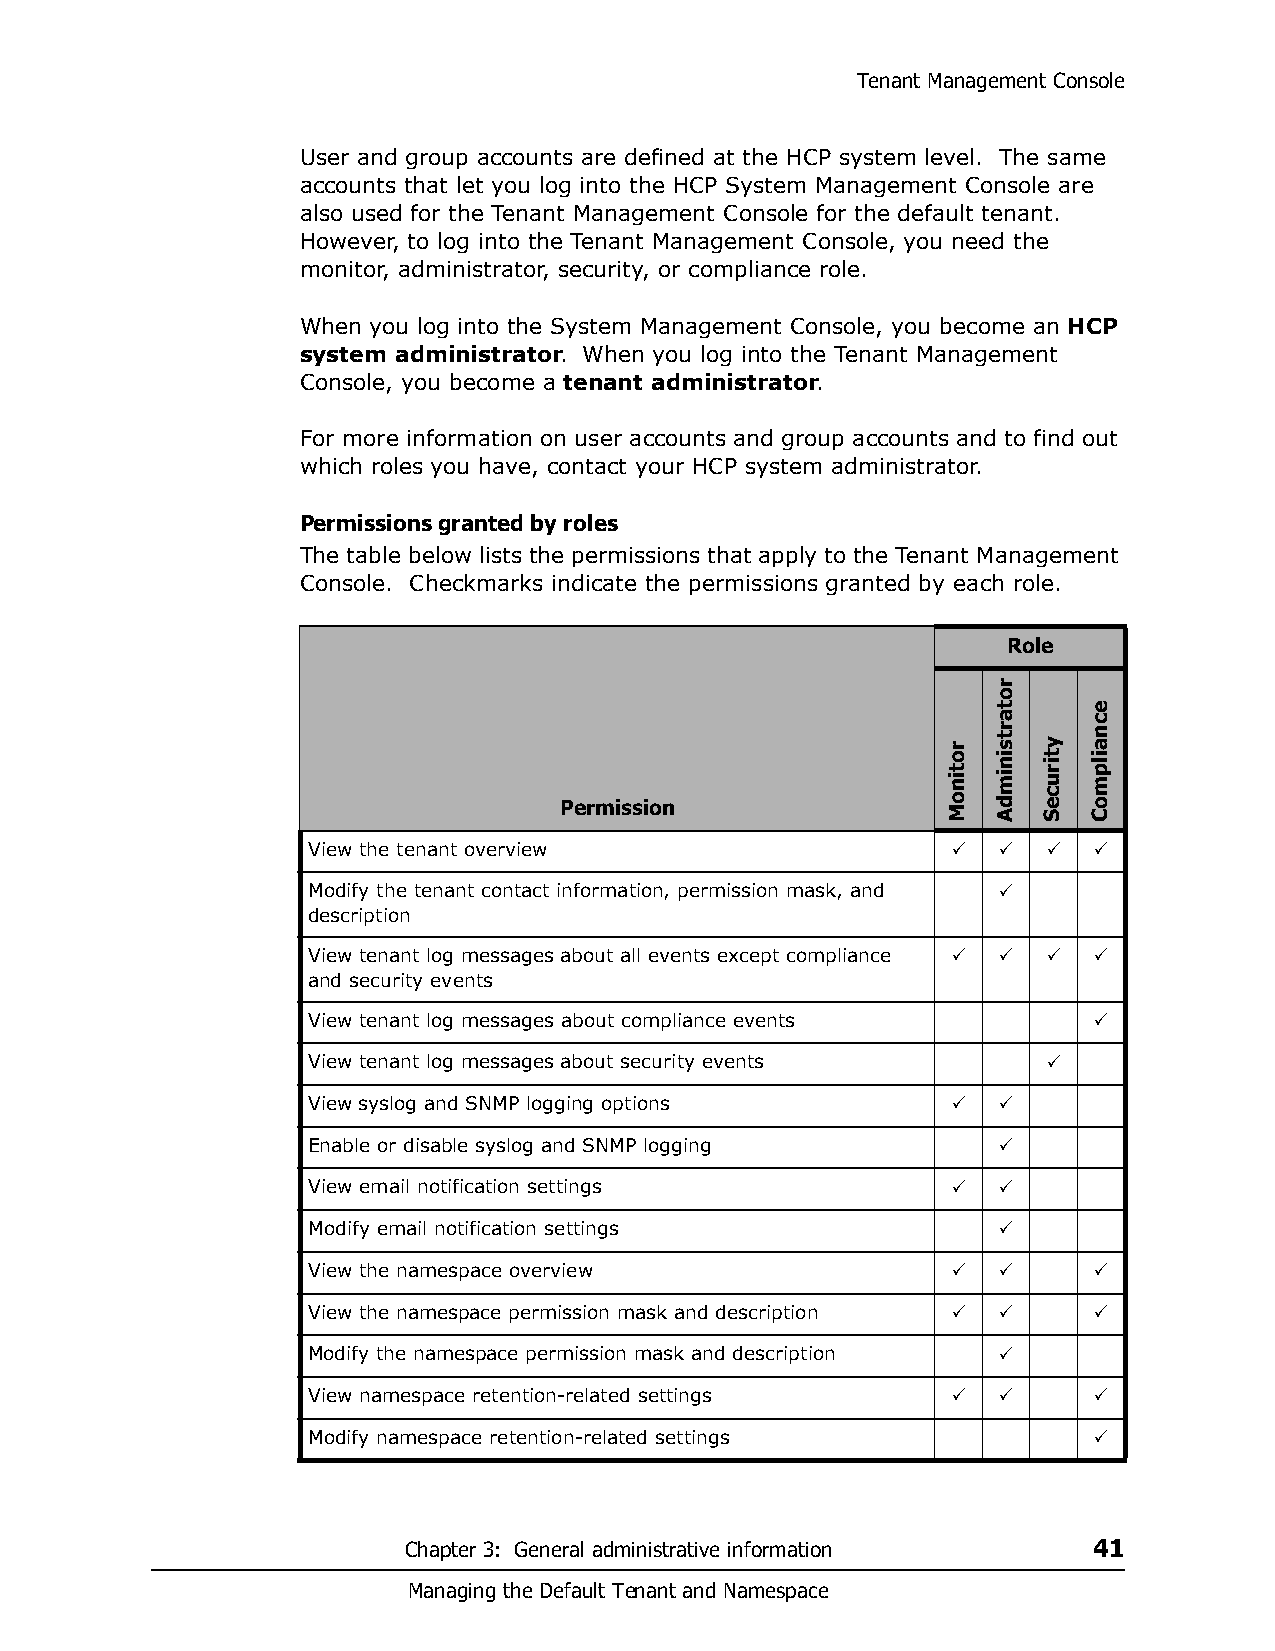
Tenant Management Console
 User and group accounts are defined at the HCP system level. The same
 accounts that let you log into the HCP System Management Console are
 also used for the Tenant Management Console for the default tenant.
 However, to log into the Tenant Management Console, you need the
 monitor, administrator, security, or compliance role.
 When you log into the System Management Console, you become an HCP
 system administrator. When you log into the Tenant Management
 Console, you become a tenant administrator.
 For more information on user accounts and group accounts and to find out
 which roles you have, contact your HCP system administrator.
 Permissions granted by roles
 The table below lists the permissions that apply to the Tenant Management
 Console. Checkmarks indicate the permissions granted by each role.
 Role
 Permission
 View the tenant overview                         
 Modify the tenant contact information, permission mask, and 
 description
 View tenant log messages about all events except compliance    
 and security events
 View tenant log messages about compliance events    
 View tenant log messages about security events   
 View syslog and SNMP logging options         
 Enable or disable syslog and SNMP logging     
 View email notification settings             
 Modify email notification settings            
 View the namespace overview                       
 View the namespace permission mask and description   
 Modify the namespace permission mask and description 
 View namespace retention-related settings         
 Modify namespace retention-related settings         
 Chapter 3: General administrative information 41
 Managing the Default Tenant and Namespace
 rotinoM
 rotartsinimdA
 ytiruceS
 ecnailpmoC